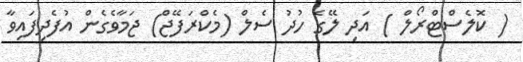
( ކޮލެސްޓްރޯލް ) އަދި ލޭގެ ހުދު ސެލް (މެކްރަފޭޖް) ޖަމާވެގެން އުފެދިފައިވާ